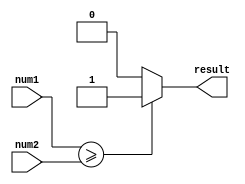
module comparator(
    input wire [7:0] num1,
    input wire [7:0] num2,
    output reg result
);

always @(*) begin
    if (num1 >= num2) begin
        result = 1;
    end else begin
        result = 0;
    end
end

endmodule